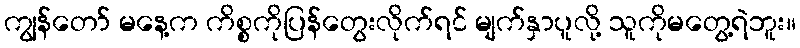
ကျွန်တော် မနေ့က ကိစ္စကိုပြန်တွေးလိုက်ရင် မျက်နှာပူလို့ သူကိုမတွေ့ရဲဘူး။